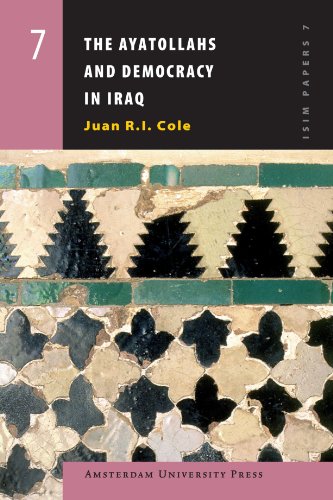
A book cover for The Ayatollahs and Democracy in Iraq (Amsterdam University Press - ISIM Papers series); Juan R.I. Cole; Religion & Spirituality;